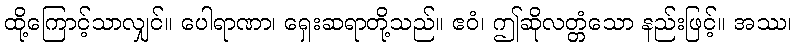
ထို့ကြောင့်သာလျှင်။ ပေါရာဏာ၊ ရှေးဆရာတို့သည်။ ဧဝံ၊ ဤဆိုလတ္တံသော နည်းဖြင့်။ အဿ၊